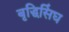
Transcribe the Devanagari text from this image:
बृद्धिसिंघ